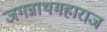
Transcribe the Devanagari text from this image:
जगन्नाथमहाराज